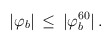
\begin{align*}|\varphi_b| \, \leq \, |\varphi_b^{60}| \, .\end{align*}